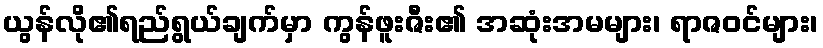
ယွန်လို၏ရည်ရွယ်ချက်မှာ ကွန်ဖူးဇီး၏ အဆုံးအမများ၊ ရာဇဝင်များ၊